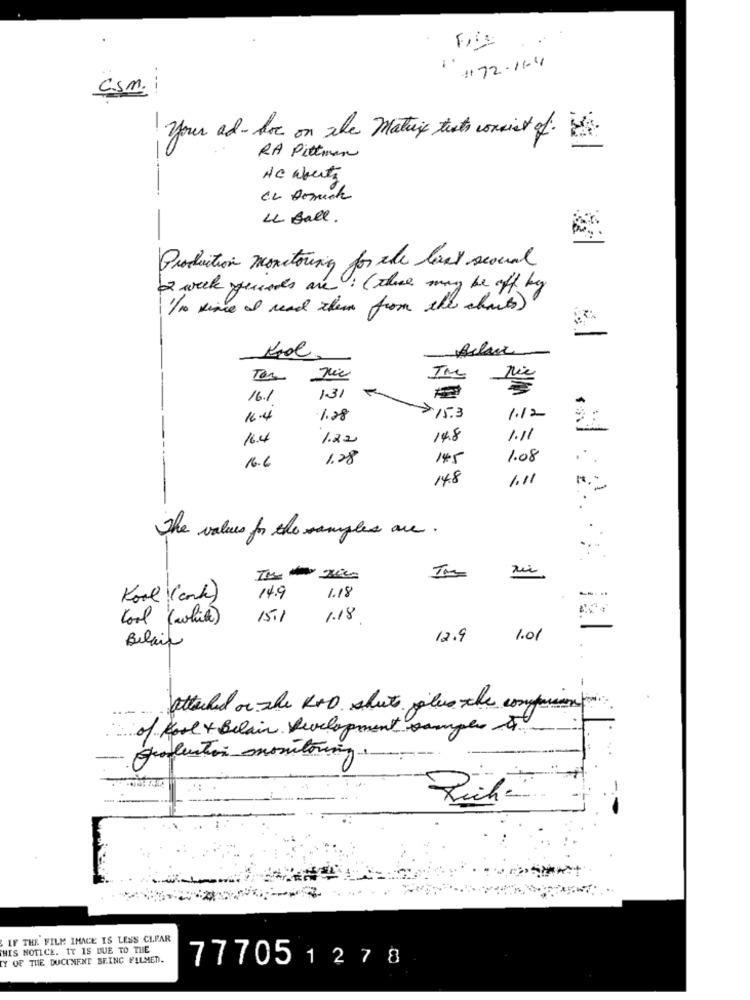
11172-11-4
csm.
- ---
your ad-hoc on the Matrix texts consist of the
RA Pittman
HC aberta
4 Ball.
Production monitoring for the local secound
2 week ends are : ( there may be off by
1/10 since I read them from the charts)
Kol
nie
Ter
IM
16.1
131
16.4
1.28
>15.3
1.12
16.4
1.22
14.8
1.11
16.6
1.28
145
1.08
148
1.11
The values for the samples are .
1.18
Kool ( cont)
14.9
Cool (white)
15.1
1.18
12.9
1.01
Belais
-- -
attached or she KOD shut salve the comparison
of Kool + Belain Development sample A.
production monitoring.
-
IF THE FILM IMAGE IS LESS CLEAR
THIS NOTICE. IT IS DUE TO THE
Y OF THE DOCUMENT BEING FILMED.
77705127 8